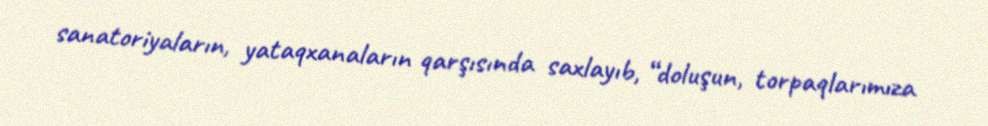
sanatoriyaların, yataqxanaların qarşısında saxlayıb, “doluşun, torpaqlarımıza